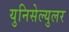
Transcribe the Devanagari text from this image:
युनिसेल्युलर